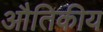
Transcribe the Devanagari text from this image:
औतिकीय